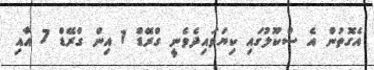
އެގޮތުން އެ ސްކޫލުގައި ކިޔަވައިދެވެނީ ގްރޭޑް 1 އިން ގްރޭޑް 7 އާއި